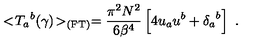
< \! { { T } _ { a } } ^ { b } ( \gamma ) \! > _ { \mathrm { ( F T ) } } = { \frac { \pi ^ { 2 } N ^ { 2 } } { 6 { { \beta } } ^ { 4 } } } \left[ 4 u _ { a } u ^ { b } + { { \delta } _ { a } } ^ { b } \right] \ .